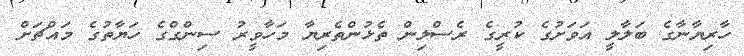
ހާރިޔާނާގެ ބަލާލީ އަވަށުގެ ކުރީގެ ރެސްލިން ތެޅުންތެރިޔާ މަހާވީރު ސިންގްގެ ހަޔާތުގެ މައްޗަށް